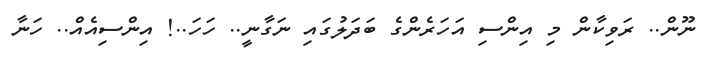
ނޫން.. ރަވިކާން މި އިންސި އަހަރެންގެ ބަދަލުގައި ނަގާނީ.. ހަހަ..! އިންސިއެއް.. ހަނާ